Report on the Nagpur School of Medicine, Central Provinces
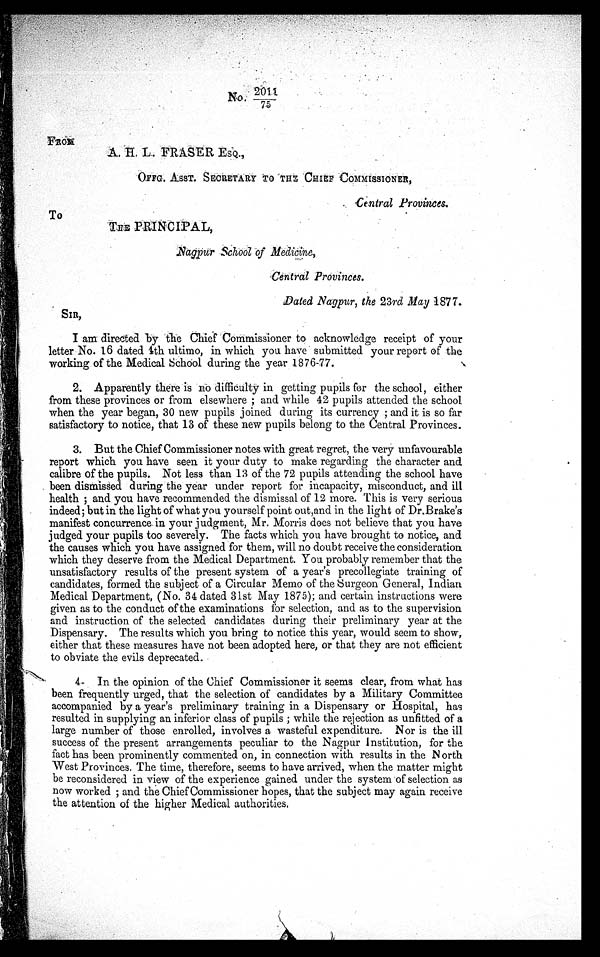
No. 2 0 1 1 7.5
FROM
A. L. FRASER
OFFG. ASST. SECRETARY TO TH CHIEF COMMISSIONER,
Central Provinces.
THE PRINCIPAL,
N a g p u r & h o d
o f
M e d i c i n e ,
central Provinces.
Dated Nagpur, the 23rd May 1877.
SIR,
I am directed by the Chief" Commissioner to acknowledge receipt of your
letter No. 16 dated 4th ultimo, in which you have submitted your report of the
working of the. Medical School during the year 1876-77.
2. Apparently there is no difficulty in getting pupils for the school, either
from these provinces or from elsewhere and while 42 pupils attended the school
when the year began, 30 new pupils joined during its currency and it is so far
satisfactory to notice, that 13 of these new pupils belong to the Central Provinces.
3. But the Chief Commissioner notes with great regret, the very unfavourable
report which you have seen it your duty to make regarding the character and
calibre of the pupils. Not less than 13 of the 72 pupils attending the school have
been dismissed during the year under report for incapacity, misconduct, and ill
health and you have recommended the dismissal of 12 more. This is very serious
indeed; but in the light of what you yourself point out,and in the light of Dr.Brake's
manifest concurrence in your judgment, Mr. Morris does not believe that you have
judged your pupils too severely. The facts which you have brought to notice, and
the causes which you have assigned for them, will no doubt receive the consideration
which they deserve from the Medical Department. You probably remember that the
unsatisfactory results of the present system of a year's precollegiate training of
candidates, formed the subject of a Circular Memo of the surgeon General, Indian
Medical Department, (No. 34 dated 31st May 1875); and certain instructions were
given as to the conduct of the examinations for selection, and as to the supervision
and instruction of the selected candidates during their preliminary year at the
Dispensary. The results which you bring to notice this year, would seem to show,
either that these measures have not been adopted here, or that they are not efficient
to obviate the evils deprecated.
4- In the opinion of the Chief Commissioner it seems clear, from what has
been frequently urged, that the selection of candidates by a Military Committee
accompanied by a year's preliminary training in a Dispensary or Hospital, has
resulted in supplying an inferior class of pupils ; while the rejection as unfitted of a
large number of those enrolled, involves a wasteful expenditure. Nor is the ill
success of the present arrangements peculiar to the Nagpur Institution, for the
fact has been prominently commented on, in connection with results in the N orth
West Provinces. The time, therefore, seems to have arrived, when the matter might
be reconsidered in view of the experience gained under the system of selection as
now worked and the Chief Commissioner hopes, that the subject may again receive
the attention of the higher Medical authorities.
To